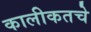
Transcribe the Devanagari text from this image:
कालीकतचे